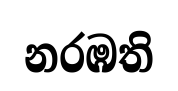
නරඹති